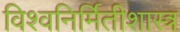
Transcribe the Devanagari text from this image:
विश्वनिर्मितीशास्त्र